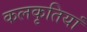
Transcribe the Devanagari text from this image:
कलकृतियां